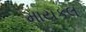
માયકલ